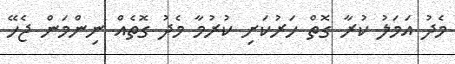
މެދު އަމަލު ކުރާ ގޮތް ހަރުކަށި ކުރުމާ މެދު ގޮތެއް ނިންމަން ޖެހޭ